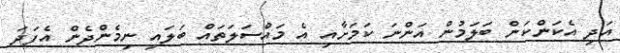
އަދި އެކަންކަން ބަލަމުން އަންނަ ކަމަށާއި އެ މައްސަލަތައް ބަލައި ނިމެންދެން އެފަދަ